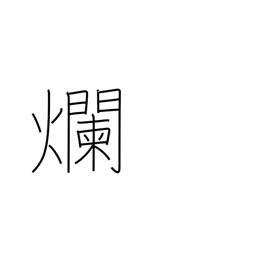
Meaning: be sore